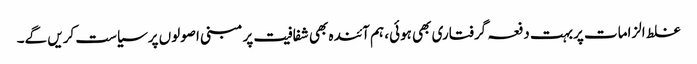
غلط الزامات پربہت دفعہ گرفتاری بھی ہوئی، ہم آئندہ بھی شفافیت پر مبنی اصولوں پرسیاست کریں گے۔